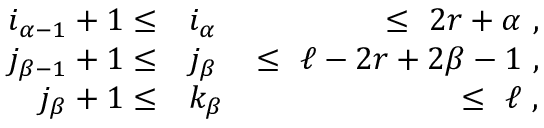
\begin{array} { r l r } { i _ { \alpha - 1 } + 1 \le } & { { } i _ { \alpha } } & { \le \ 2 r + \alpha \ , } \\ { j _ { \beta - 1 } + 1 \le } & { { } j _ { \beta } } & { \le \ \ell - 2 r + 2 \beta - 1 \ , } \\ { j _ { \beta } + 1 \le } & { { } k _ { \beta } } & { \le \ \ell \ , } \end{array}